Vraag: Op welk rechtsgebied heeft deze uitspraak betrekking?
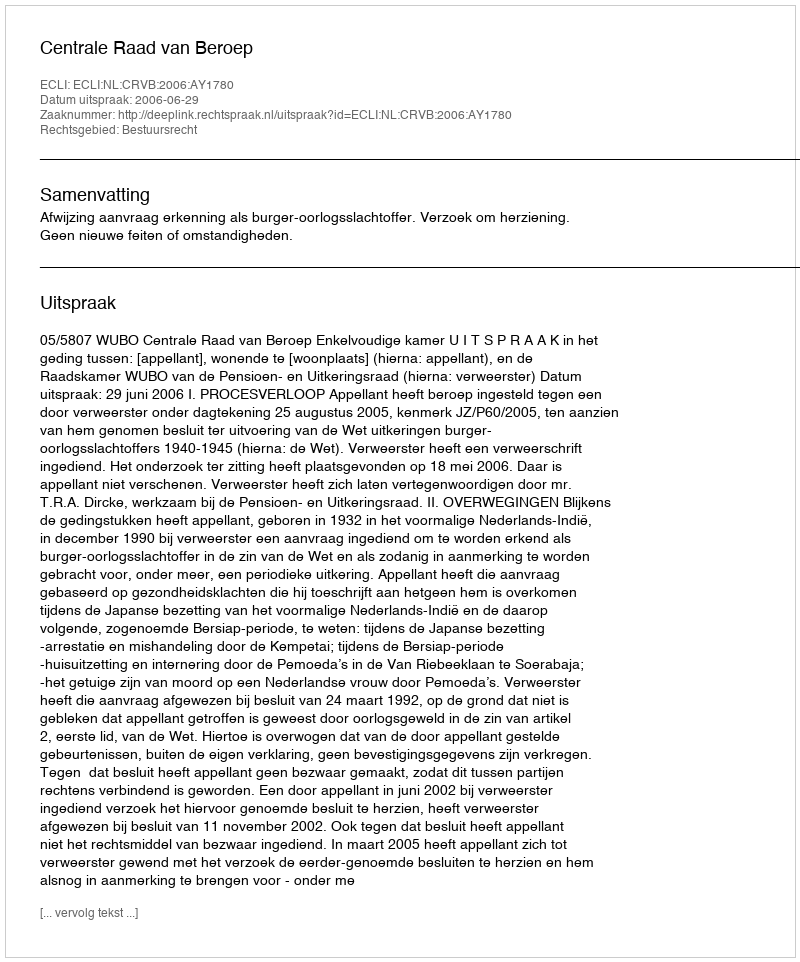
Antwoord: Bestuursrecht